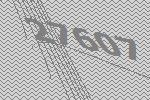
27607